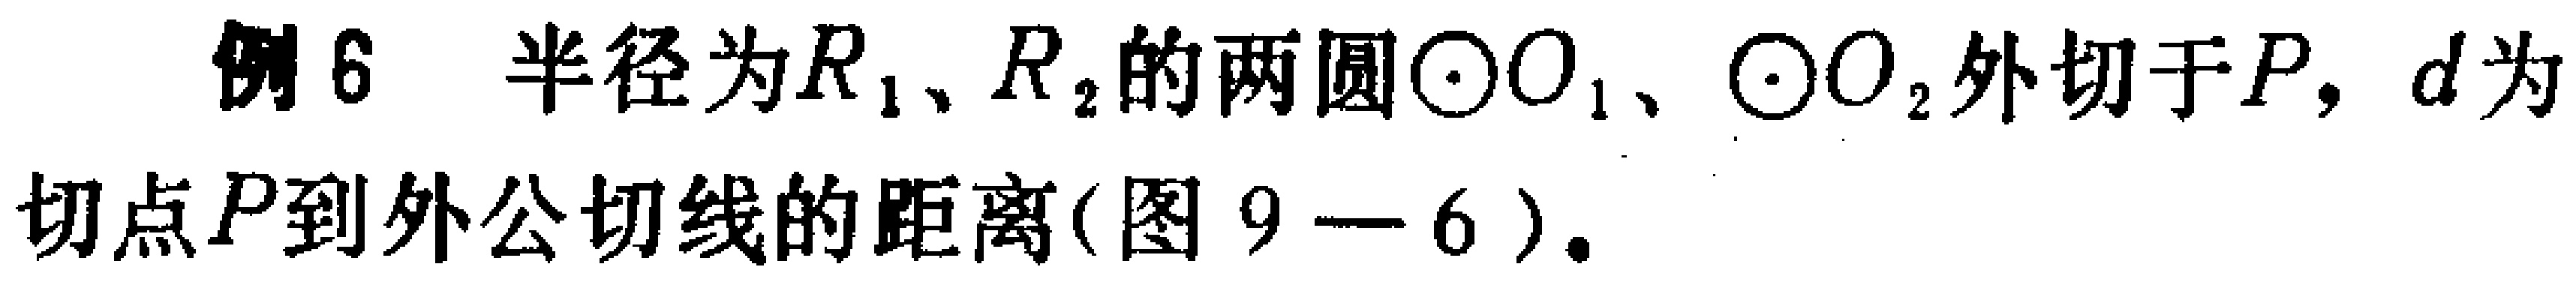
例6 半径为\(R_{1}\)、\(R_{2}\)的两圆\(\odot O_{1}\)、\(\odot O_{2}\)外切于\(P\)，\(d\)为切点\(P\)到外公切线的距离(图 \(9 - 6\))。